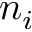
n _ { i }